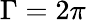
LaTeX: \Gamma=2\pi